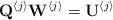
LaTeX: \begin{align*}\mathbf{Q}^{\left\langle j\right\rangle }\mathbf{W}^{\left\langle j\right\rangle }=\mathbf{U}^{\left\langle j\right\rangle }\end{align*}